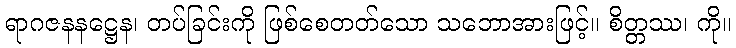
ရာဂဇနနဋ္ဌေန၊ တပ်ခြင်းကို ဖြစ်စေတတ်သော သဘောအားဖြင့်။ စိတ္တဿ၊ ကို။